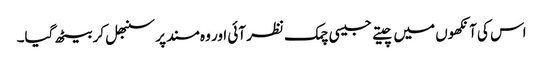
اس کی آنکھوں میں چیتے جیسی چمک نظر آئی اور وہ مسند پر سنبھل کر بیٹھ گیا۔